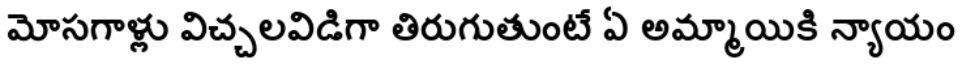
మోసగాళ్లు విచ్చలవిడిగా తిరుగుతుంటే ఏ అమ్మాయికి న్యాయం